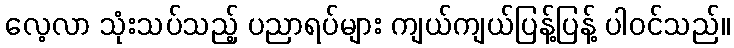
လေ့လာ သုံးသပ်သည့် ပညာရပ်များ ကျယ်ကျယ်ပြန့်ပြန့် ပါဝင်သည်။